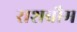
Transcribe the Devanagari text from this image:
राशबौम